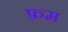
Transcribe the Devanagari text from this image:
फ़्रम